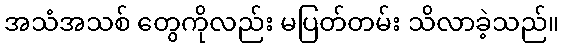
အသံအသစ် တွေကိုလည်း မပြတ်တမ်း သိလာခဲ့သည်။